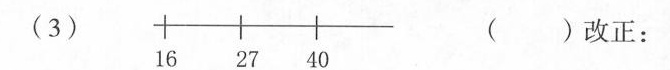
（3）（）改正：